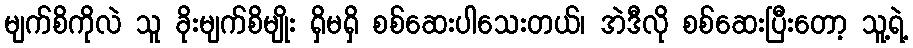
မျက်စိကိုလဲ သူ ခိုးမျက်စိမျိုး ရှိမရှိ စစ်ဆေးပါသေးတယ်၊ အဲဒီလို စစ်ဆေးပြီးတော့ သူ့ရဲ့